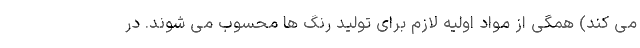
می کند) همگی از مواد اولیه لازم برای تولید رنگ ها محسوب می شوند. در